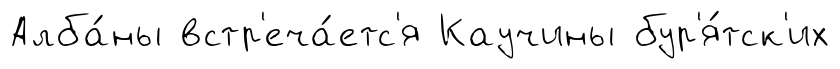
Алба́ны встр'еча́етс'я Каучины бур'я́тск'их